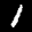
Label: 1